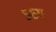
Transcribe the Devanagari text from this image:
५६ए